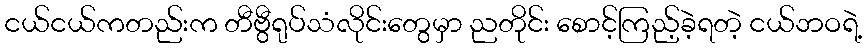
ငယ်ငယ်ကတည်းက တီဗွီရုပ်သံလိုင်းတွေမှာ ညတိုင်း စောင့်ကြည့်ခဲ့ရတဲ့ ငယ်ဘဝရဲ့